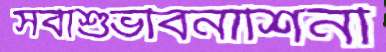
সর্বাশুভবিনাশিনী